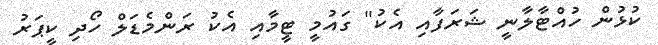
ކުޅުން ހުއްޓާލާނީ ޝަރަފާއި އެކު" ގައުމީ ޓީމާއި އެކު ރަންމެޑަލް ހޯދި ކީޕަރު